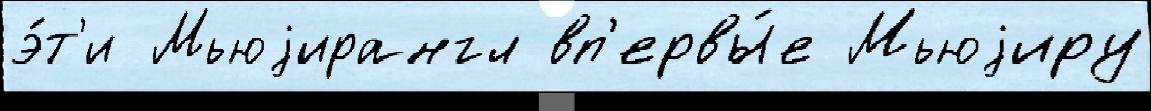
э́т'и Мьюjирангл вп'ервы́е Мьюjиру